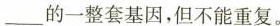
___的一整套基因，但不能重复。